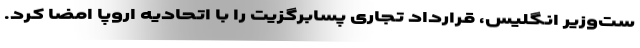
ست‌وزیر انگلیس، قرارداد تجاری پسابرگزیت را با اتحادیه اروپا امضا کرد.